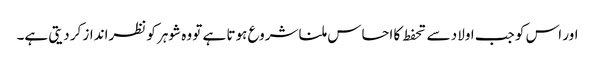
اور اس کو جب اولاد سے تحفط کا احساس ملنا شروع ہوتا ہے تو وہ شوہر کو نظرانداز کر دیتی ہے۔